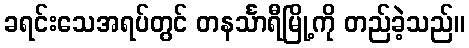
ခရင်းသေအရပ်တွင် တနင်္သာရီမြို့ကို တည်ခဲ့သည်။